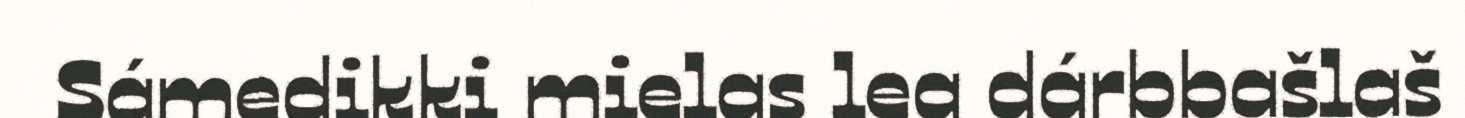
Sámedikki mielas lea dárbbašlaš